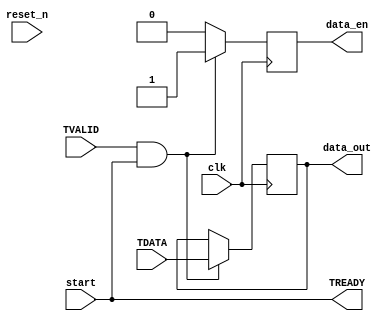
`timescale 1ns/1ps
module s_axi
#(
  parameter integer DATA_WIDTH    = 8
)
(
  input   wire                          clk,
  input   wire                          reset_n,

  output  wire                          data_en,
  output  wire  [ DATA_WIDTH  -1 : 0 ]  data_out,
  input   wire                          start,

  input   wire                          TVALID,
  output  wire                          TREADY,
  input   wire  [ DATA_WIDTH  -1 : 0 ]  TDATA
);

  reg [ DATA_WIDTH  -1 : 0 ] data_reg = 'd0;
  // reg [ DATA_WIDTH  -1 : 0 ] data_reg;
  reg                       data_en_reg;
  assign TREADY = start;
  assign data_out = data_reg;
  assign data_en = data_en_reg;
  
  always @(posedge clk)
  begin
    if(TVALID && start) begin
      data_reg <= TDATA;
      data_en_reg <= 1'b1;
    end
    else begin
      data_reg <= data_reg;
      data_en_reg <= 1'b0;
    end
  end  
endmodule